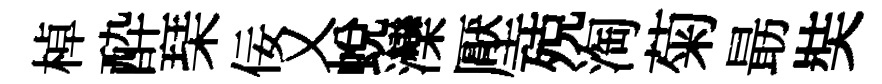
棹酔琹佞乂蛻灤壓殑淘菊朂奘